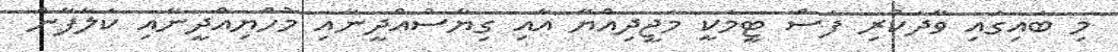
މި ބައިގައި ވާދަކުރި ފަސް ޓީމަކީ މަޖީދިއްޔާ އާއި ގިޔާސުއްދީނާއި މުހްޔިއްދީނާއި ކަލާފާން